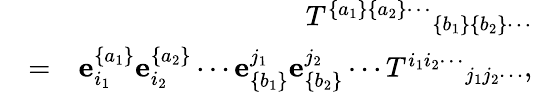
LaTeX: \begin{array}{rlr}&{}&{{T^{\{ a_{1}\} \{ a_{2}\} \cdots}}_{\{ b_{1}\} \{ b_{2}\} \cdots}}\\ &{=}&{{\mathbf e}_{i_{1}}^{\{ a_{1}\} }{\mathbf e}_{i_{2}}^{\{ a_{2}\} }\cdots{\mathbf e}_{\{ b_{1}\} }^{j_{1}}{\mathbf e}_{\{ b_{2}\} }^{j_{2}}\cdots{T^{i_{1}i_{2}\cdots}}_{j_{1}j_{2}\cdots},}\end{array}